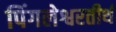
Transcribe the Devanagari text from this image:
पिंगलेश्वरतीर्थ